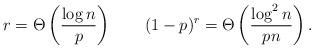
LaTeX: \begin{align*}r = \Theta\left(\frac{\log n}{p}\right)\qquad(1-p)^r = \Theta\left(\frac{\log^2 n}{pn}\right).\end{align*}